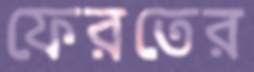
ফেরতের